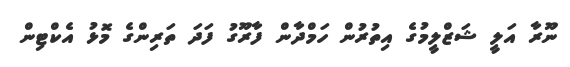
ނޫރާ އަލީ ޝަޒްލީމުގެ އިތުރުން ހަމްދާން ފާރޫގު ފަދަ ތަރިންގެ މޮޅު އެކްޓިން